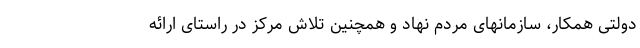
دولتی همکار، سازمانهای مردم نهاد و همچنین تلاش مرکز در راستای ارائه